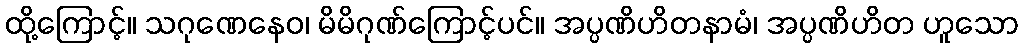
ထို့ကြောင့်။ သဂုဏေနေဝ၊ မိမိဂုဏ်ကြောင့်ပင်။ အပ္ပဏိဟိတနာမံ၊ အပ္ပဏိဟိတ ဟူသော